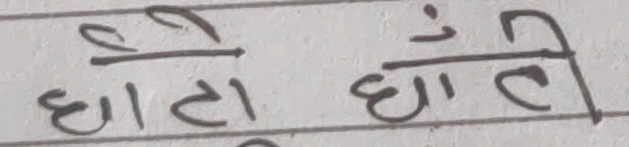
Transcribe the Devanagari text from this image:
छोटी घाँटी